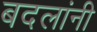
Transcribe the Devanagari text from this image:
बदलांनी